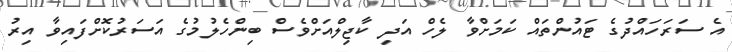
އެ ސަރަހައްދުގެ ޓައުންތައް ކަމަށްވާ ލެހް އަދި ކާޖިލްއަށްވެސް ބިންހެލުމުގެ އަސަރުކޮށްފައިވާ އިިރު